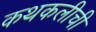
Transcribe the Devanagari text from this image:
कथकलीची